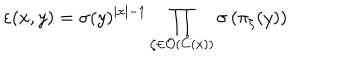
\varepsilon ( x , y ) = \sigma ( y ) ^ { \left| x \right| - 1 } \prod _ { \zeta \in \mathcal { O } ( \hat { C } ( x ) ) } \sigma \left( \pi _ { \zeta } ( y ) \right)